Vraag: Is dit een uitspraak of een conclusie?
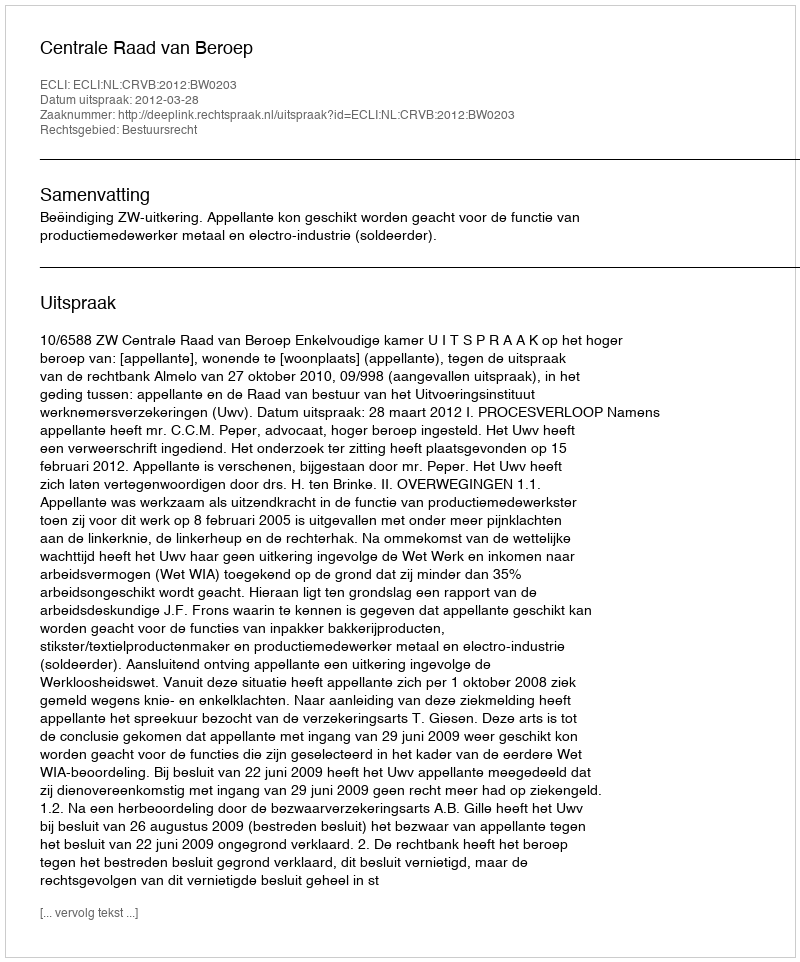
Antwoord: Uitspraak